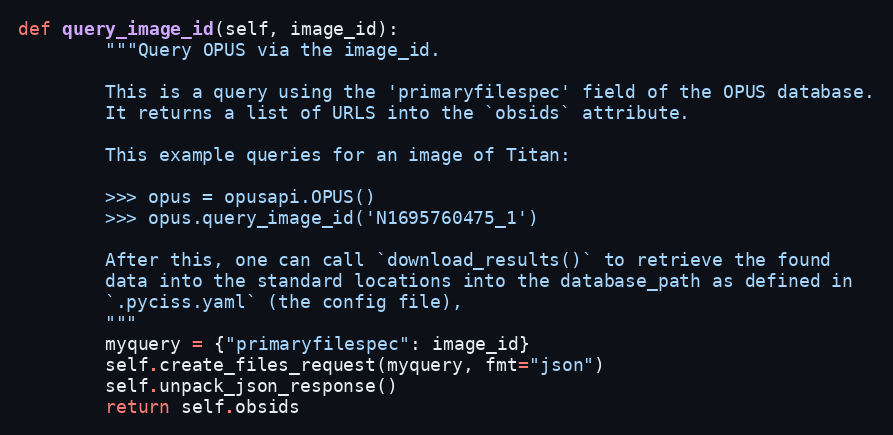
Language: Python
def query_image_id(self, image_id):
        """Query OPUS via the image_id.

        This is a query using the 'primaryfilespec' field of the OPUS database.
        It returns a list of URLS into the `obsids` attribute.

        This example queries for an image of Titan:

        >>> opus = opusapi.OPUS()
        >>> opus.query_image_id('N1695760475_1')

        After this, one can call `download_results()` to retrieve the found
        data into the standard locations into the database_path as defined in
        `.pyciss.yaml` (the config file),
        """
        myquery = {"primaryfilespec": image_id}
        self.create_files_request(myquery, fmt="json")
        self.unpack_json_response()
        return self.obsids